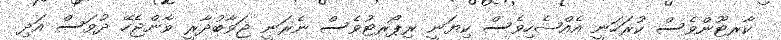
ކާރޓޫންވެސް ކުރަހަނީ އެއްޝެހިވެސް ކިޔަނީ ރިޕޯރޓުވެސް ނެރަނީ ޖަވާބުދާރީ ވާންޖެހޭ ދުވަސް އަދި